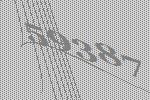
59387